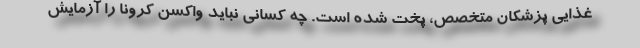
غذایی پزشکان متخصص، پخت شده است. چه کسانی نباید واکسن کرونا را آزمایش